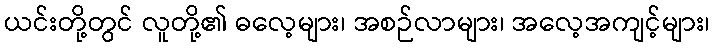
ယင်းတို့တွင် လူတို့၏ ဓလေ့များ၊ အစဉ်လာများ၊ အလေ့အကျင့်များ၊